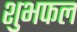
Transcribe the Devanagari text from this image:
शुभफल